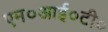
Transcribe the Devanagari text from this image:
एम०आई०टी०